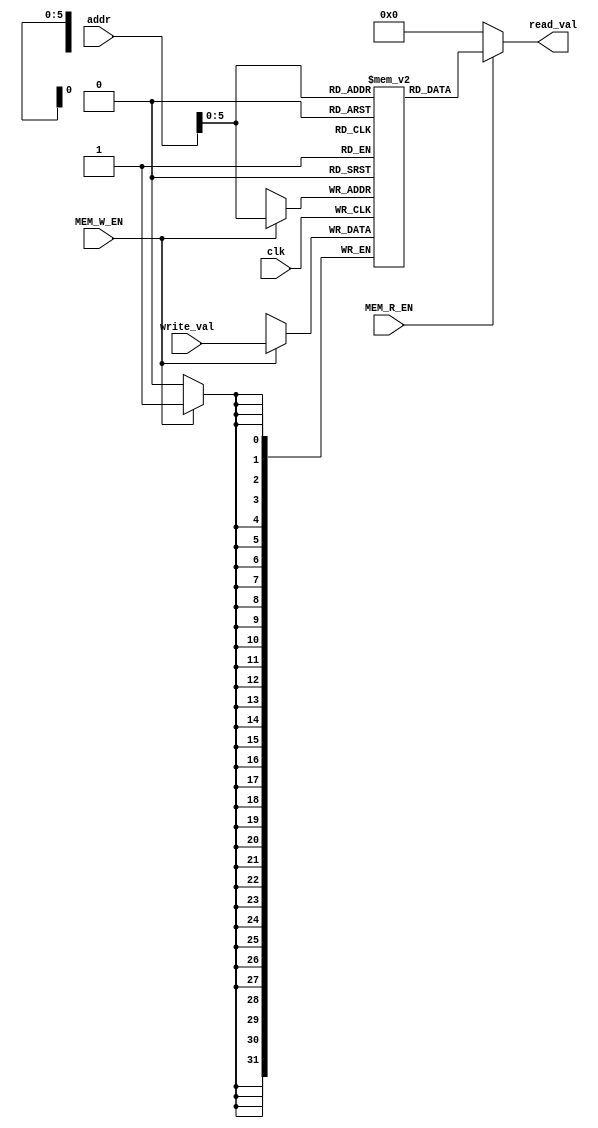
module Data_Memory(
    input clk,
    input [31:0] addr,
    input [31:0] write_val,
    input MEM_R_EN,
    input MEM_W_EN,

    output [31:0] read_val
);
    reg [31:0] memory [0:63];

    assign read_val = (MEM_R_EN) ? memory[addr] : 32'b0;

    always @(posedge clk) begin        
        if(MEM_W_EN)
            memory[addr] <= write_val;
    end
endmodule